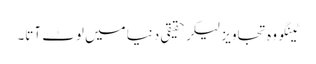
ٹینگو وہ تجاویز لیکر حقیقی دنیا میں لوٹ آتا۔